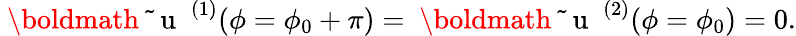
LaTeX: {\mathrm{~\boldmath~\tilde{~}{~u~}~}}^{(1)}(\phi=\phi_{0}+\pi)={\mathrm{~\boldmath~\tilde{~}{~u~}~}}^{(2)}(\phi=\phi_{0})=0.